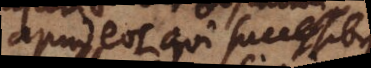
apud eos qui successibus